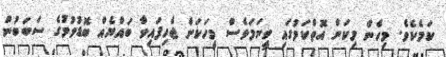
ކަމެކެވެ. މިހެން މިކަން އޮތްކަމުގައި ވީނަމަވެސް މީހަކަށް ޖެހިފައިވާ ބައްޔެއް ބޮޑުވުމުގެ ސަބަބުން